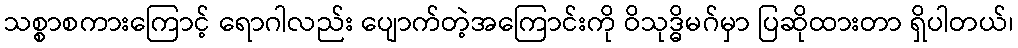
သစ္စာစကားကြောင့် ရောဂါလည်း ပျောက်တဲ့အကြောင်းကို ဝိသုဒ္ဓိမဂ်မှာ ပြဆိုထားတာ ရှိပါတယ်၊